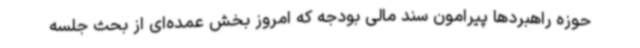
حوزه راهبردها پیرامون سند مالی بودجه که امروز بخش عمده‌ای از بحث جلسه